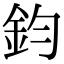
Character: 鈞